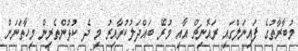
މުބާރާތުގެ ފައިނަލްގައި ރައޮނިޗް އާއި މުރޭ ބައްދަލުކުރާއިރު މި ދެ ކުޅުންތެރިން މިހާތަނަށް